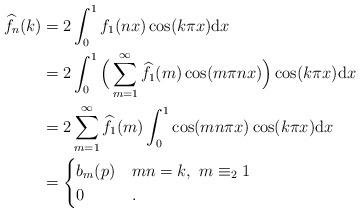
LaTeX: \begin{align*}\widehat{f}_n(k)&=2\int_0^1f_1(nx) \cos(k\pi x)\mathrm{d}x\\&=2\int_0^1\Big(\sum_{m=1}^\infty \widehat{f}_1(m) \cos(m\pi nx)\Big)\cos(k\pi x) \mathrm{d}x \\&=2\sum_{m=1}^\infty \widehat{f}_1(m)\int_0^1\cos(mn\pi x)\cos(k\pi x)\mathrm{d}x\\&=\begin{cases} b_m(p)& mn=k,\ m\equiv_2 1\\0 & . \end{cases}\end{align*}